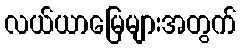
လယ်ယာမြေများအတွက်